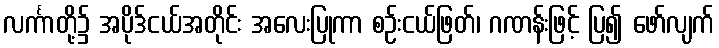
လင်္ကာတို့၌ အပိုဒ်ငယ်အတိုင်း အလေးပြုကာ စဉ်းငယ်ဖြတ်၊ ဂဏန်းဖြင့် ပြ၍ ဖော်လျက်